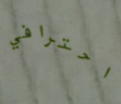
احترافي